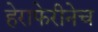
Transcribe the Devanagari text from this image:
हेराफेरीनेच